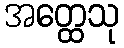
အတ္ထေသု